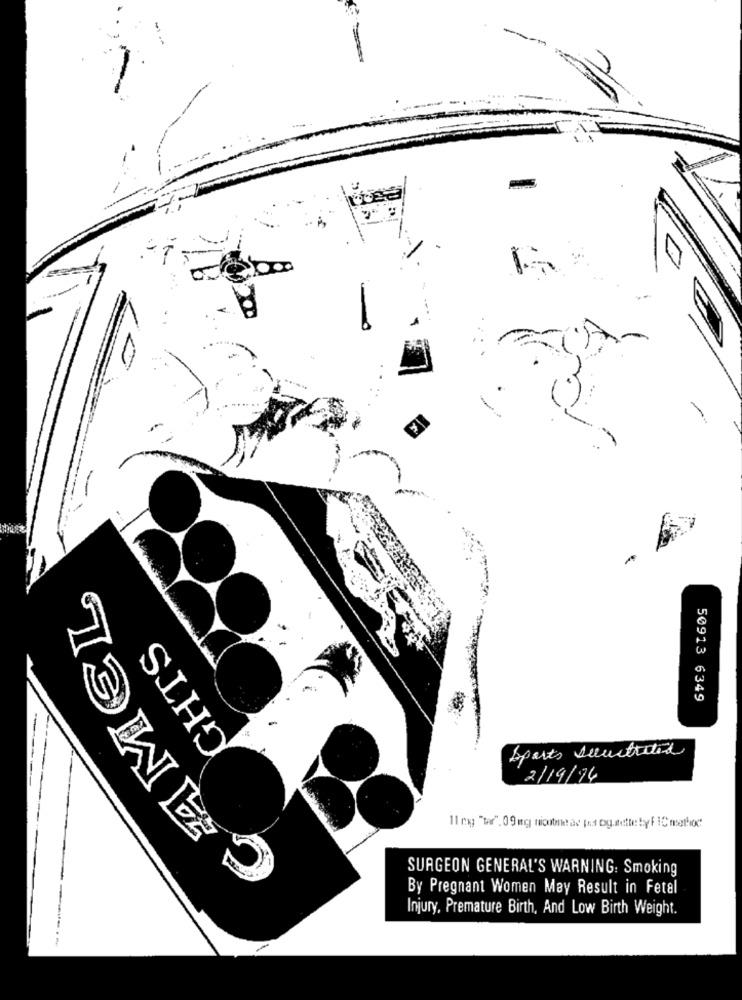
GHTS
50913 6349
Sports seustrated
2/19/94
11 rag "tar". 09 mg nicutmead pot og.mette byF IC mathiod
SURGEON GENERAL'S WARNING: Smoking
By Pregnant Women May Result in Fetal
Injury, Premature Birth, And Low Birth Weight.
--